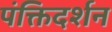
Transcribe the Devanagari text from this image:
पंक्तिदर्शन